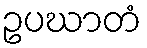
ဥပဃာတံ